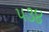
૫૩૪